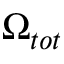
\Omega _ { t o t }